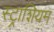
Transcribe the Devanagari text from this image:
स्ट्राशियम